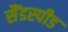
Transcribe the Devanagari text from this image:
सैंडस्‍पीड